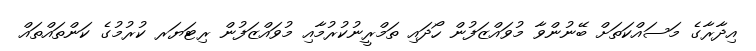
އިދާރާގެ މަސައްކަތަށް ބޭނުންވާ މުވައްޒަފުން ހޯދައި ތަމްރީނުކުރުމާއި މުވައްޒަފުން ރިޓަޔަރ ކުރުމުގެ ކަންތައްތައް